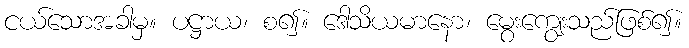
ငယ်သောအခါမှ။ ပဋ္ဌာယ၊ စ၍။ ဒေါသိယမာနော၊ မွေးကျွေးသည်ဖြစ်၍။